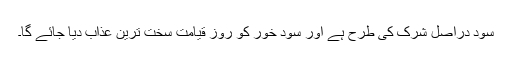
سود دراصل شرک کی طرح ہے اور سود خور کو روزِ قیامت سخت ترین عذاب دیا جائے گا۔